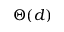
\Theta ( d )